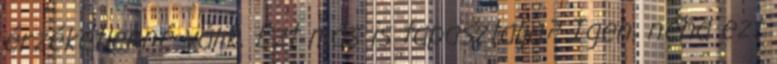
érzéketlenné válik. Ezt más is tapasztalja? Igen, néha ezt